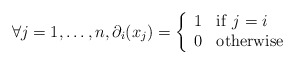
\begin{align*} \forall j = 1, \ldots, n, \partial_{i}(x_{j}) = \left\{\begin{array} {cl} 1 & \mathrm{if}\ j=i \\ 0 & \mathrm{otherwise} \end{array}\right.\end{align*}